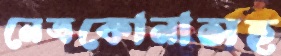
নেত্রকোনাসহ